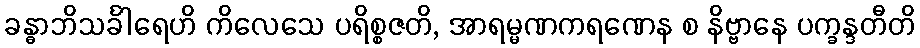
ခန္ဓာဘိသင်္ခါရေဟိ ကိလေသေ ပရိစ္စဇတိ, အာရမ္မဏကရဏေန စ နိဗ္ဗာနေ ပက္ခန္ဒတီတိ